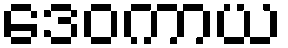
ဒေဝကာယ